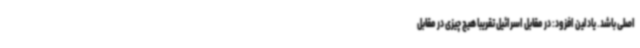
اصلی باشد. یادلین افزود: در مقابل اسرائیل تقریبا هیچ چیزی در مقابل